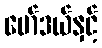
မော်ဒယ်နှင့်